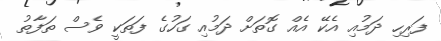
ފަރިހި ދަމުއި އެކޭ އެއް ގޮތަށް ދަމުއި ގަހުގެ ފަތަކީ ވެސް ތަފާތު